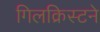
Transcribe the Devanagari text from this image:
गिलक्रिस्टने